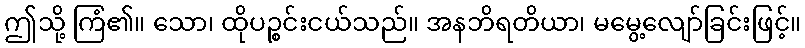
ဤသို့ ကြံ၏။ သော၊ ထိုပဉ္စင်းငယ်သည်။ အနဘိရတိယာ၊ မမွေ့လျော်ခြင်းဖြင့်။